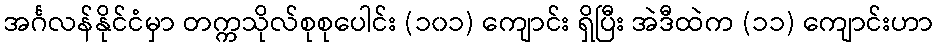
အင်္ဂလန်နိုင်ငံမှာ တက္ကသိုလ်စုစုပေါင်း (၁၀၁) ကျောင်း ရှိပြီး အဲဒီထဲက (၁၁) ကျောင်းဟာ